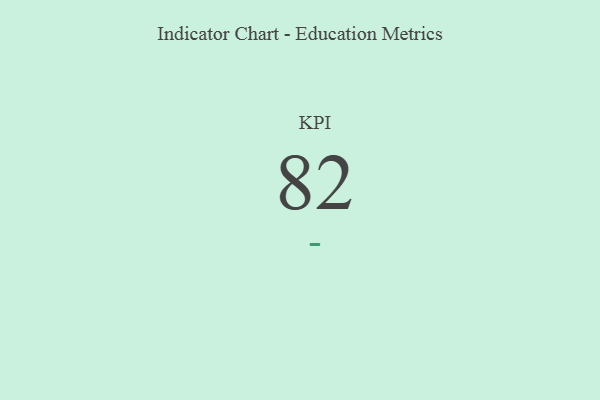
{"axis": {"x": "KPI", "y": "Value"}, "legend": [""], "data": [{"x": "KPI", "y": 82, "type": ""}]}